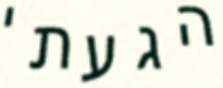
הגעתי